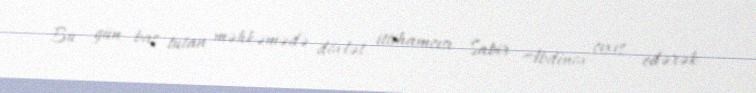
Bu gün baş tutan məhkəmədə dövlət ittihamçısı Sabir Abdinov çıxış edərək